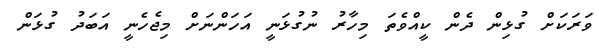
ވަރަކަށް ގުޅިން ދެން ކީއްވެތަ މިހާރު ނުގުޅަނީ އަހަންނަށް މިޖެހެނީ އަބަދު ގުޅަން